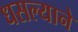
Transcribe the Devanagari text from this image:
धसल्याने